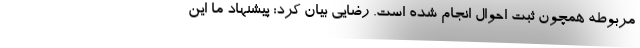
مربوطه همچون ثبت احوال انجام شده است. رضایی بیان کرد: پیشنهاد ما این